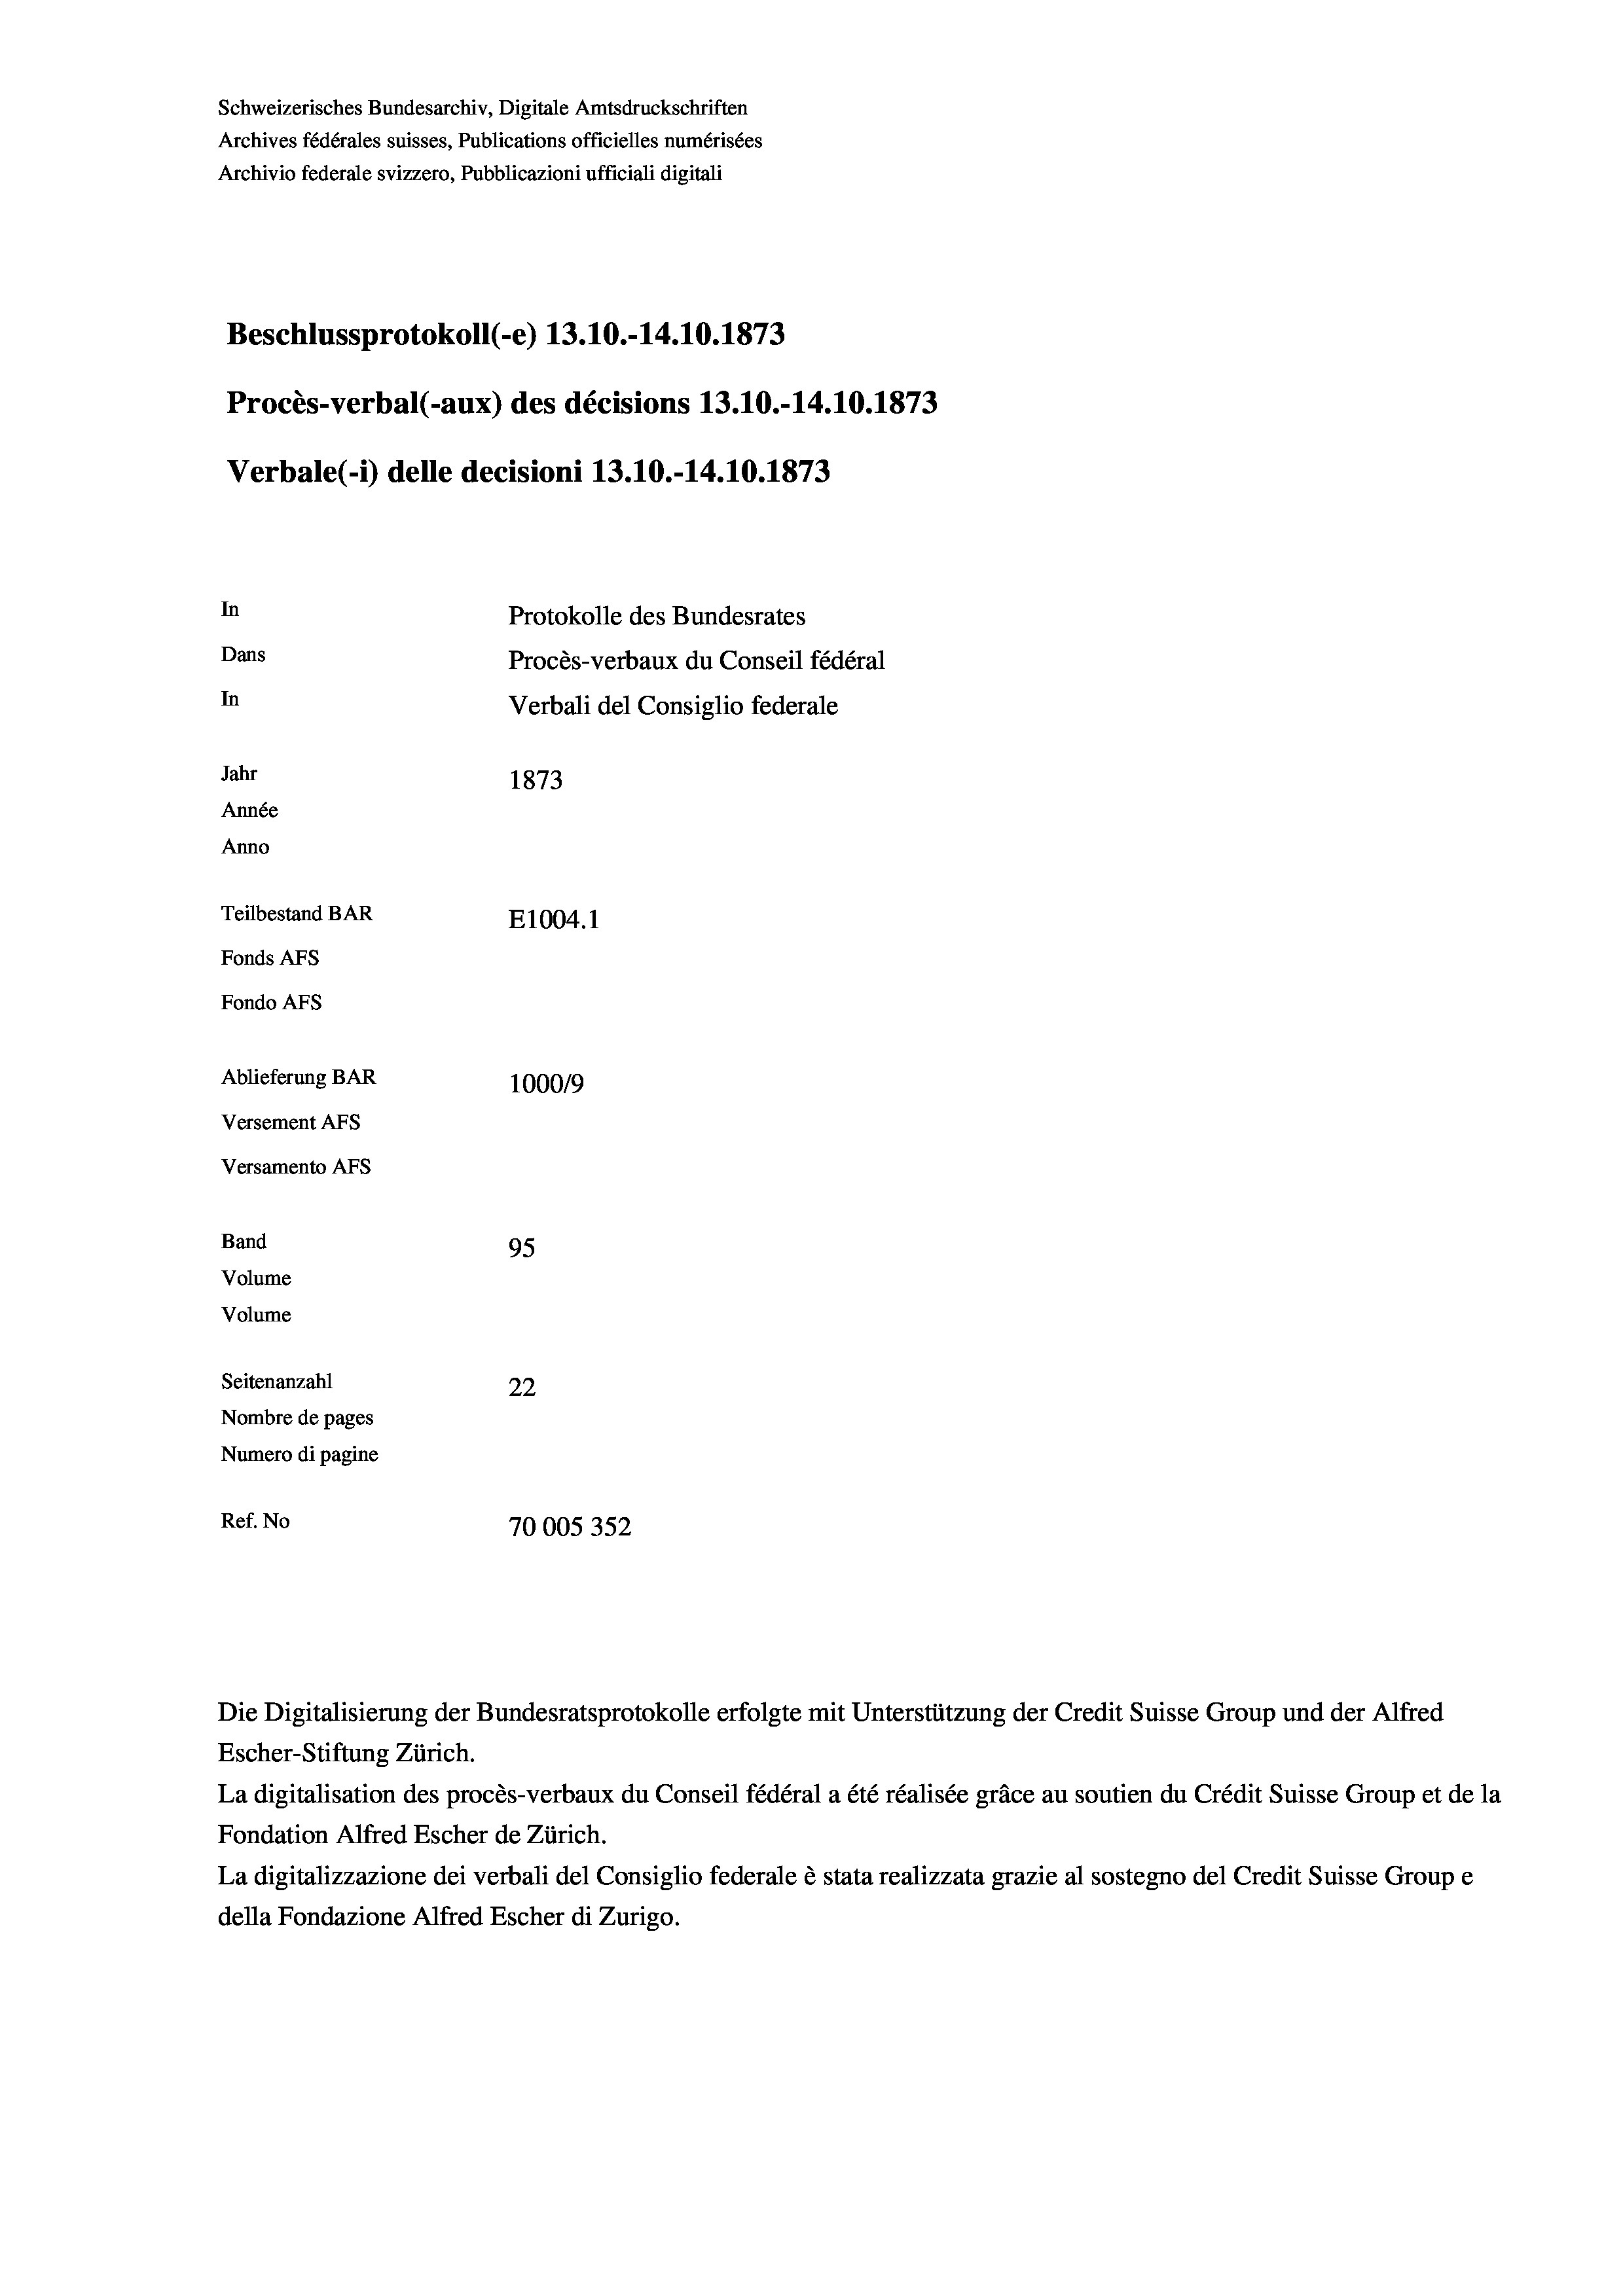
Schweizerisches Bundesarchiv, Digitale Amtsdruckschriften
Archives fédérales suisses, Publications officielles numérisées
Archivio federale svizzero, Pubblicazioni ufficiali digitali
Beschlussprotokoll (-e) 13.10.-14.10.1873
Procès-verbal (-aux) des décisions 13.10.-14.10.1873
Verbale(-*) delle decisioni 13.10.-14.10.1873
In
Protokolle des Bundesrates
Dans
Procès-verbaux du Conseil fédéral
In
Verbali del Consiglio federale
Jahr
1873
Année
Anno
Teilbestand BAR
E1004. 1
Fonds AFs
Fondo AFs
Ablieferung BAR
100019
Versement AFs
Versamento AFs
Band
95
Volume
Volume

Seitenanzahl
22
Nombre de pages
Numero di pagine
Ref. No
70005352

Die Digitalisierung der Bundesratsprotokolle erfolgte mit Unterstützung der Credit Suisse Group und der Alfred
Escher-Stiftung Zürich.
La digitalisation des procès-verbaux du Conseil fédéral a été réalisée gräce au soutien du Crédit Suisse Group et de la
Fondation Alfred Escher de Zürich.
La digitalizzazione dei verbali del Consiglio federale è stata realizzata grazie al sostegno del Credit Suisse Groupe
della Fondazione Alfred Escher di Zurigo.